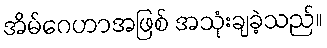
အိမ်ဂေဟာအဖြစ် အသုံးချခဲ့သည်။